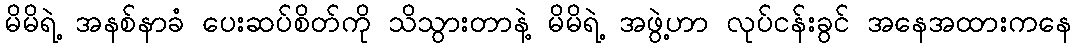
မိမိရဲ့ အနစ်နာခံ ပေးဆပ်စိတ်ကို သိသွားတာနဲ့ မိမိရဲ့ အဖွဲ့ဟာ လုပ်ငန်းခွင် အနေအထားကနေ